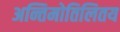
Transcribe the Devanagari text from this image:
अन्तिमोतिलितय